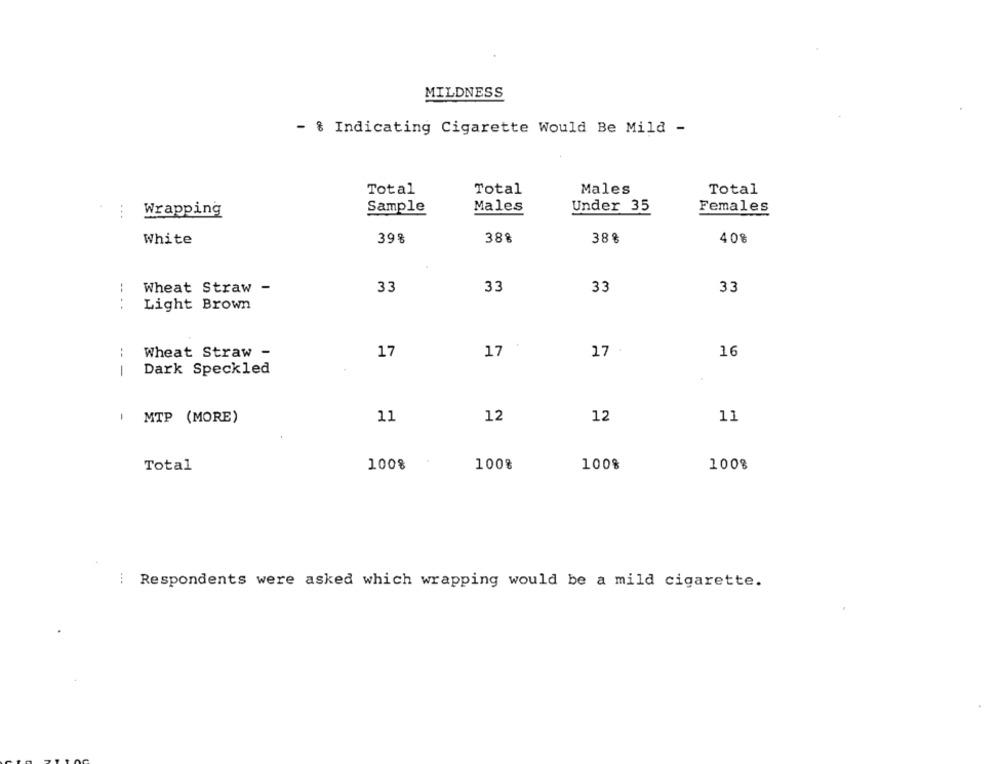
MILDNESS
- % Indicating Cigarette Would Be Mild -
Total
Total
Males
Total
Males
...
Wrapping
Sample
Under 35
Females
White
39%
38%
38%
408
Wheat Straw -
33
33
33
33
Light Brown
17
17
17 .
Wheat Straw -
16
---
Dark Speckled
MTP (MORE)
11
12
12
11
Total
1008
100%
100%
100%
Respondents were asked which wrapping would be a mild cigarette.